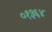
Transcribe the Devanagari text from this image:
०१३६४